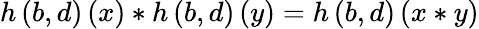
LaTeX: h\left(b,d\right)\left(x\right)*h\left(b,d\right)\left(y\right)=h\left(b,d\right)\left(x*y\right)